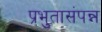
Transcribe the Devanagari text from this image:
प्रभुतासंपन्न